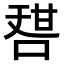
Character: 𠷱